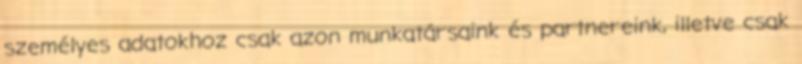
személyes adatokhoz csak azon munkatársaink és partnereink, illetve csak